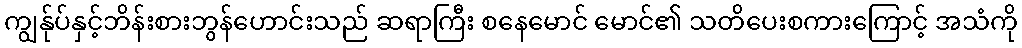
ကျွန်ုပ်နှင့်ဘိန်းစားဘွန်ဟောင်းသည် ဆရာကြီး စနေမောင် မောင်၏ သတိပေးစကားကြောင့် အသံကို